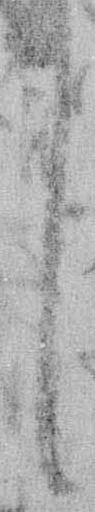
し